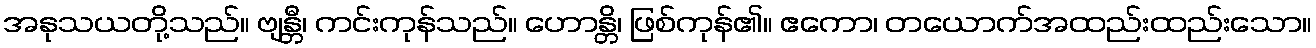
အနုသယတို့သည်။ ဗျန္တီ၊ ကင်းကုန်သည်။ ဟောန္တိ၊ ဖြစ်ကုန်၏။ ဧကော၊ တယောက်အထည်းထည်းသော။